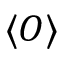
\langle O \rangle